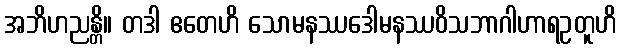
အဘိဟညန္တိ။ တဒါ ဧတေဟိ သောမနဿဒေါမနဿဝိသဘာဂါဟာရဥတူဟိ